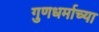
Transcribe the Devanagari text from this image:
गुणधर्माच्या